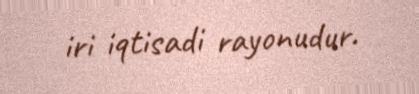
iri iqtisadi rayonudur.